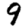
Digit: 9